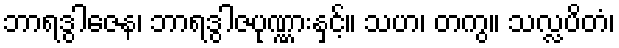
ဘာရဒွါဇေန၊ ဘာရဒွါဇပုဏ္ဏားနှင့်။ သဟ၊ တကွ။ သလ္လပိတံ၊